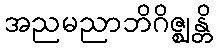
အညမညာဘိဂိဇ္ဈန္တိ